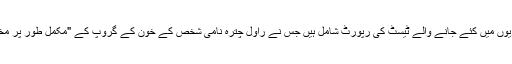
ٹائمز آف انڈیا کے مطابق اس درخواست میں مختلف سرکاری ہسپتالوں اور نجی لیبارٹریوں میں کئے جانے والے ٹیسٹ کی رپورٹ شامل ہیں جس نے راول چترہ نامی شخص کے خون کے گروپ کے "مکمل طور پر مختلف نتائج" دیئے ہیں.بعض ٹیسٹوں میں لکھا تھا کہ مذکورہ شخص کا آر ایچ پازیٹو ہے۔